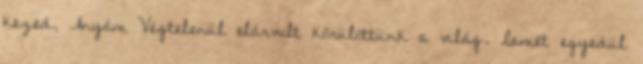
kezed, Anyám Végtelenül elárvult körülöttünk a világ. Ismét egyedül